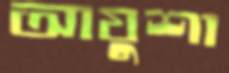
আয়ুশা